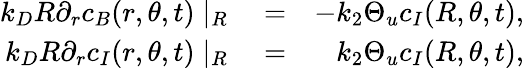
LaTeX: \begin{array}{rlr}{k_{D}R\partial_{r}c_{B}(r,\theta,t)\mid_{R}}&{{}=}&{-k_{2}\Theta_{u}c_{I}(R,\theta,t),}\\ {k_{D}R\partial_{r}c_{I}(r,\theta,t)\mid_{R}}&{{}=}&{k_{2}\Theta_{u}c_{I}(R,\theta,t),}\end{array}